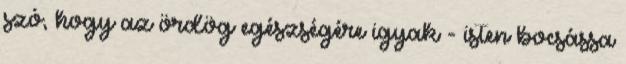
szó, hogy az ördög egészségére igyak - isten bocsássa